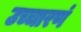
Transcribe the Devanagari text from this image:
उच्चारणं